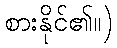
စားနိုင်၏။)